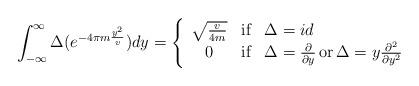
LaTeX: \begin{align*}\int_{-\infty}^{\infty} \Delta( e^{-4\pi m\frac{y^2}{v}})dy=\left\{\begin{array}{ccl}\sqrt{\frac{v}{4m}}&\mbox{if}& \Delta= id\\0&\mbox{if}& \Delta= \frac{\partial}{\partial y}\,\mbox{or}\, \Delta=y\frac{\partial^2}{\partial y^2} \end{array}\right. \end{align*}